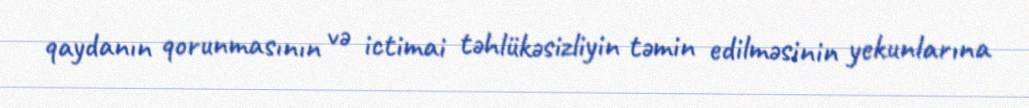
qaydanın qorunmasının və ictimai təhlükəsizliyin təmin edilməsinin yekunlarına